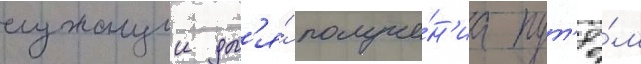
служащии дл'я́ получе́н'иа пут'ё́м